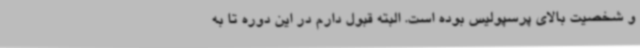
و شخصیت بالای پرسپولیس بوده است. البته قبول دارم در این دوره تا به